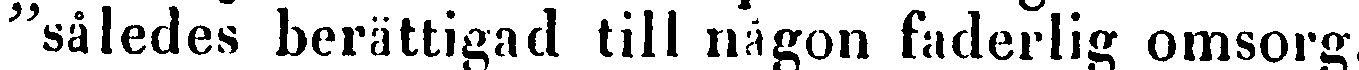
"således berättigad till någon faderlig omsorg.